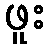
ဖူး